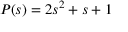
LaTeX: P ( s ) = 2 s ^ { 2 } + s + 1